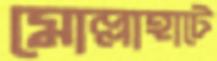
মোল্লাহাটে